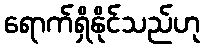
ရောက်ရှိနိုင်သည်ဟု